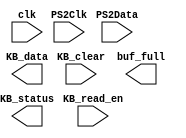
`timescale 1ns / 1ps
//////////////////////////////////////////////////////////////////////////////////
// Company: 
// Engineer: 
// 
// Design Name: 
// Module Name: keyboard_top
// Project Name: 
// Target Devices: 
// Tool Versions: 
// Description: 
// 
// Dependencies: 
// 
// Revision:
// Revision 0.01 - File Created
// Additional Comments:
// 
//////////////////////////////////////////////////////////////////////////////////


module keyboard_top(
    input  clk,     // board clk
    input  PS2Data, // keyboard data
    input  PS2Clk,  // keyboard clk
    input  KB_read_en,
    input  KB_clear,
    output KB_status,
    output [6:0] KB_data,
    output buf_full
    );
    
    wire keycode_in [15:0];
    wire keycode_buf [6:0];
    
    
    
endmodule